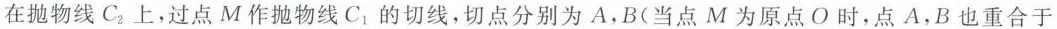
在抛物线C_{2}上，过点M作抛物线 C_{1}的切线，切点分别为A，B(当点M为原点O时，点A，B也重合于